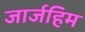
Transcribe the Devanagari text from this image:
जार्जहिम